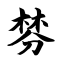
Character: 棼